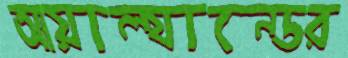
আয়াল্যান্ডের